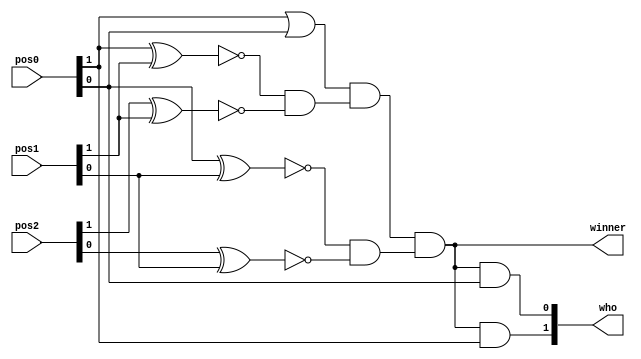
`timescale 1ns / 1ps

// Player 1: 01
// Player 2: 10 
module winner_detect(
    input [1:0] pos0,
    input [1:0] pos1,
    input [1:0] pos2,
    output wire winner,
    output wire [1:0] who
    );
    wire [1:0] temp0, temp1, temp2;
    wire temp3;
    
    assign temp0[1] = !(pos0[1] ^ pos1[1]);
    assign temp0[0] = !(pos0[0] ^ pos1[0]);
    assign temp1[1] = !(pos2[1] ^ pos1[1]); 
    assign temp1[0] = !(pos2[0] ^ pos1[0]);
    assign temp2[1] = temp0[1] & temp1[1];
    assign temp2[0] = temp0[0] & temp1[0]; 
    assign temp3 = pos0[1] | pos0[0]; 
    
    // winner if 3 positions are similar & should be 01 or 10
    assign winner = temp3 & temp2[1] & temp2[0]; 
    
    // tells who wins 
    assign who[1] = winner & pos0[1];
    assign who[0] = winner & pos0[0]; 
    
endmodule